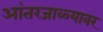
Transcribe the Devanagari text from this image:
आंतरजाळ्यावर